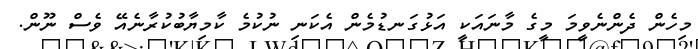
މިހެން ދެންނެވީމަ މީގެ މާނައަކީ އަޅުގަނޑުމެން އެކަނި ނުކުމެ ކާމިޔާބުކުރާނެއޭ ވެސް ނޫން.